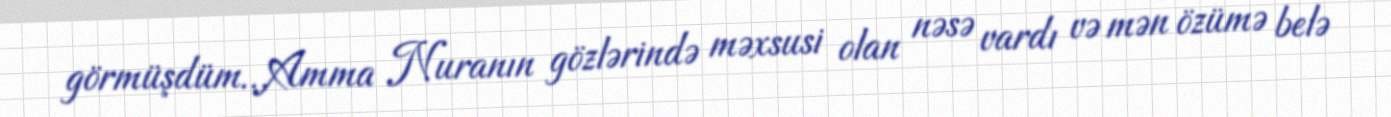
görmüşdüm…Amma Nuranın gözlərində məxsusi olan nəsə vardı və mən özümə belə